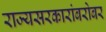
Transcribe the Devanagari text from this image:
राज्यसरकारांबरोबर